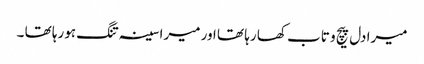
میرا دل پیچ و تاب کھا رہا تھا اور میرا سینہ تنگ ہورہا تھا ۔